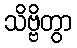
သိဗ္ဗိတွာ